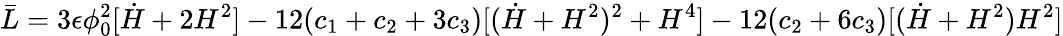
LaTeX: \bar{L}=3\epsilon\phi_{0}^{2}[\dot{H}+2H^{2}]-12(c_{1}+c_{2}+3c_{3})[(\dot{H}+H^{2})^{2}+H^{4}]-12(c_{2}+6c_{3})[(\dot{H}+H^{2})H^{2}]